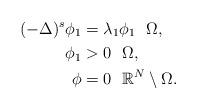
LaTeX: \begin{align*}(-\Delta)^s\phi_1&=\lambda_1\phi_1~~\Omega,\\\phi_1&>0~~\Omega,\\\phi&=0~~\mathbb{R}^N\setminus\Omega. \end{align*}